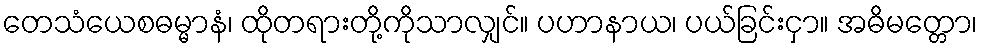
တေသံယေစဓမ္မာနံ၊ ထိုတရားတို့ကိုသာလျှင်။ ပဟာနာယ၊ ပယ်ခြင်းငှာ။ အဓိမတ္တော၊